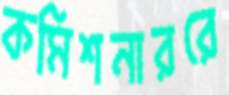
কমিশনাররে